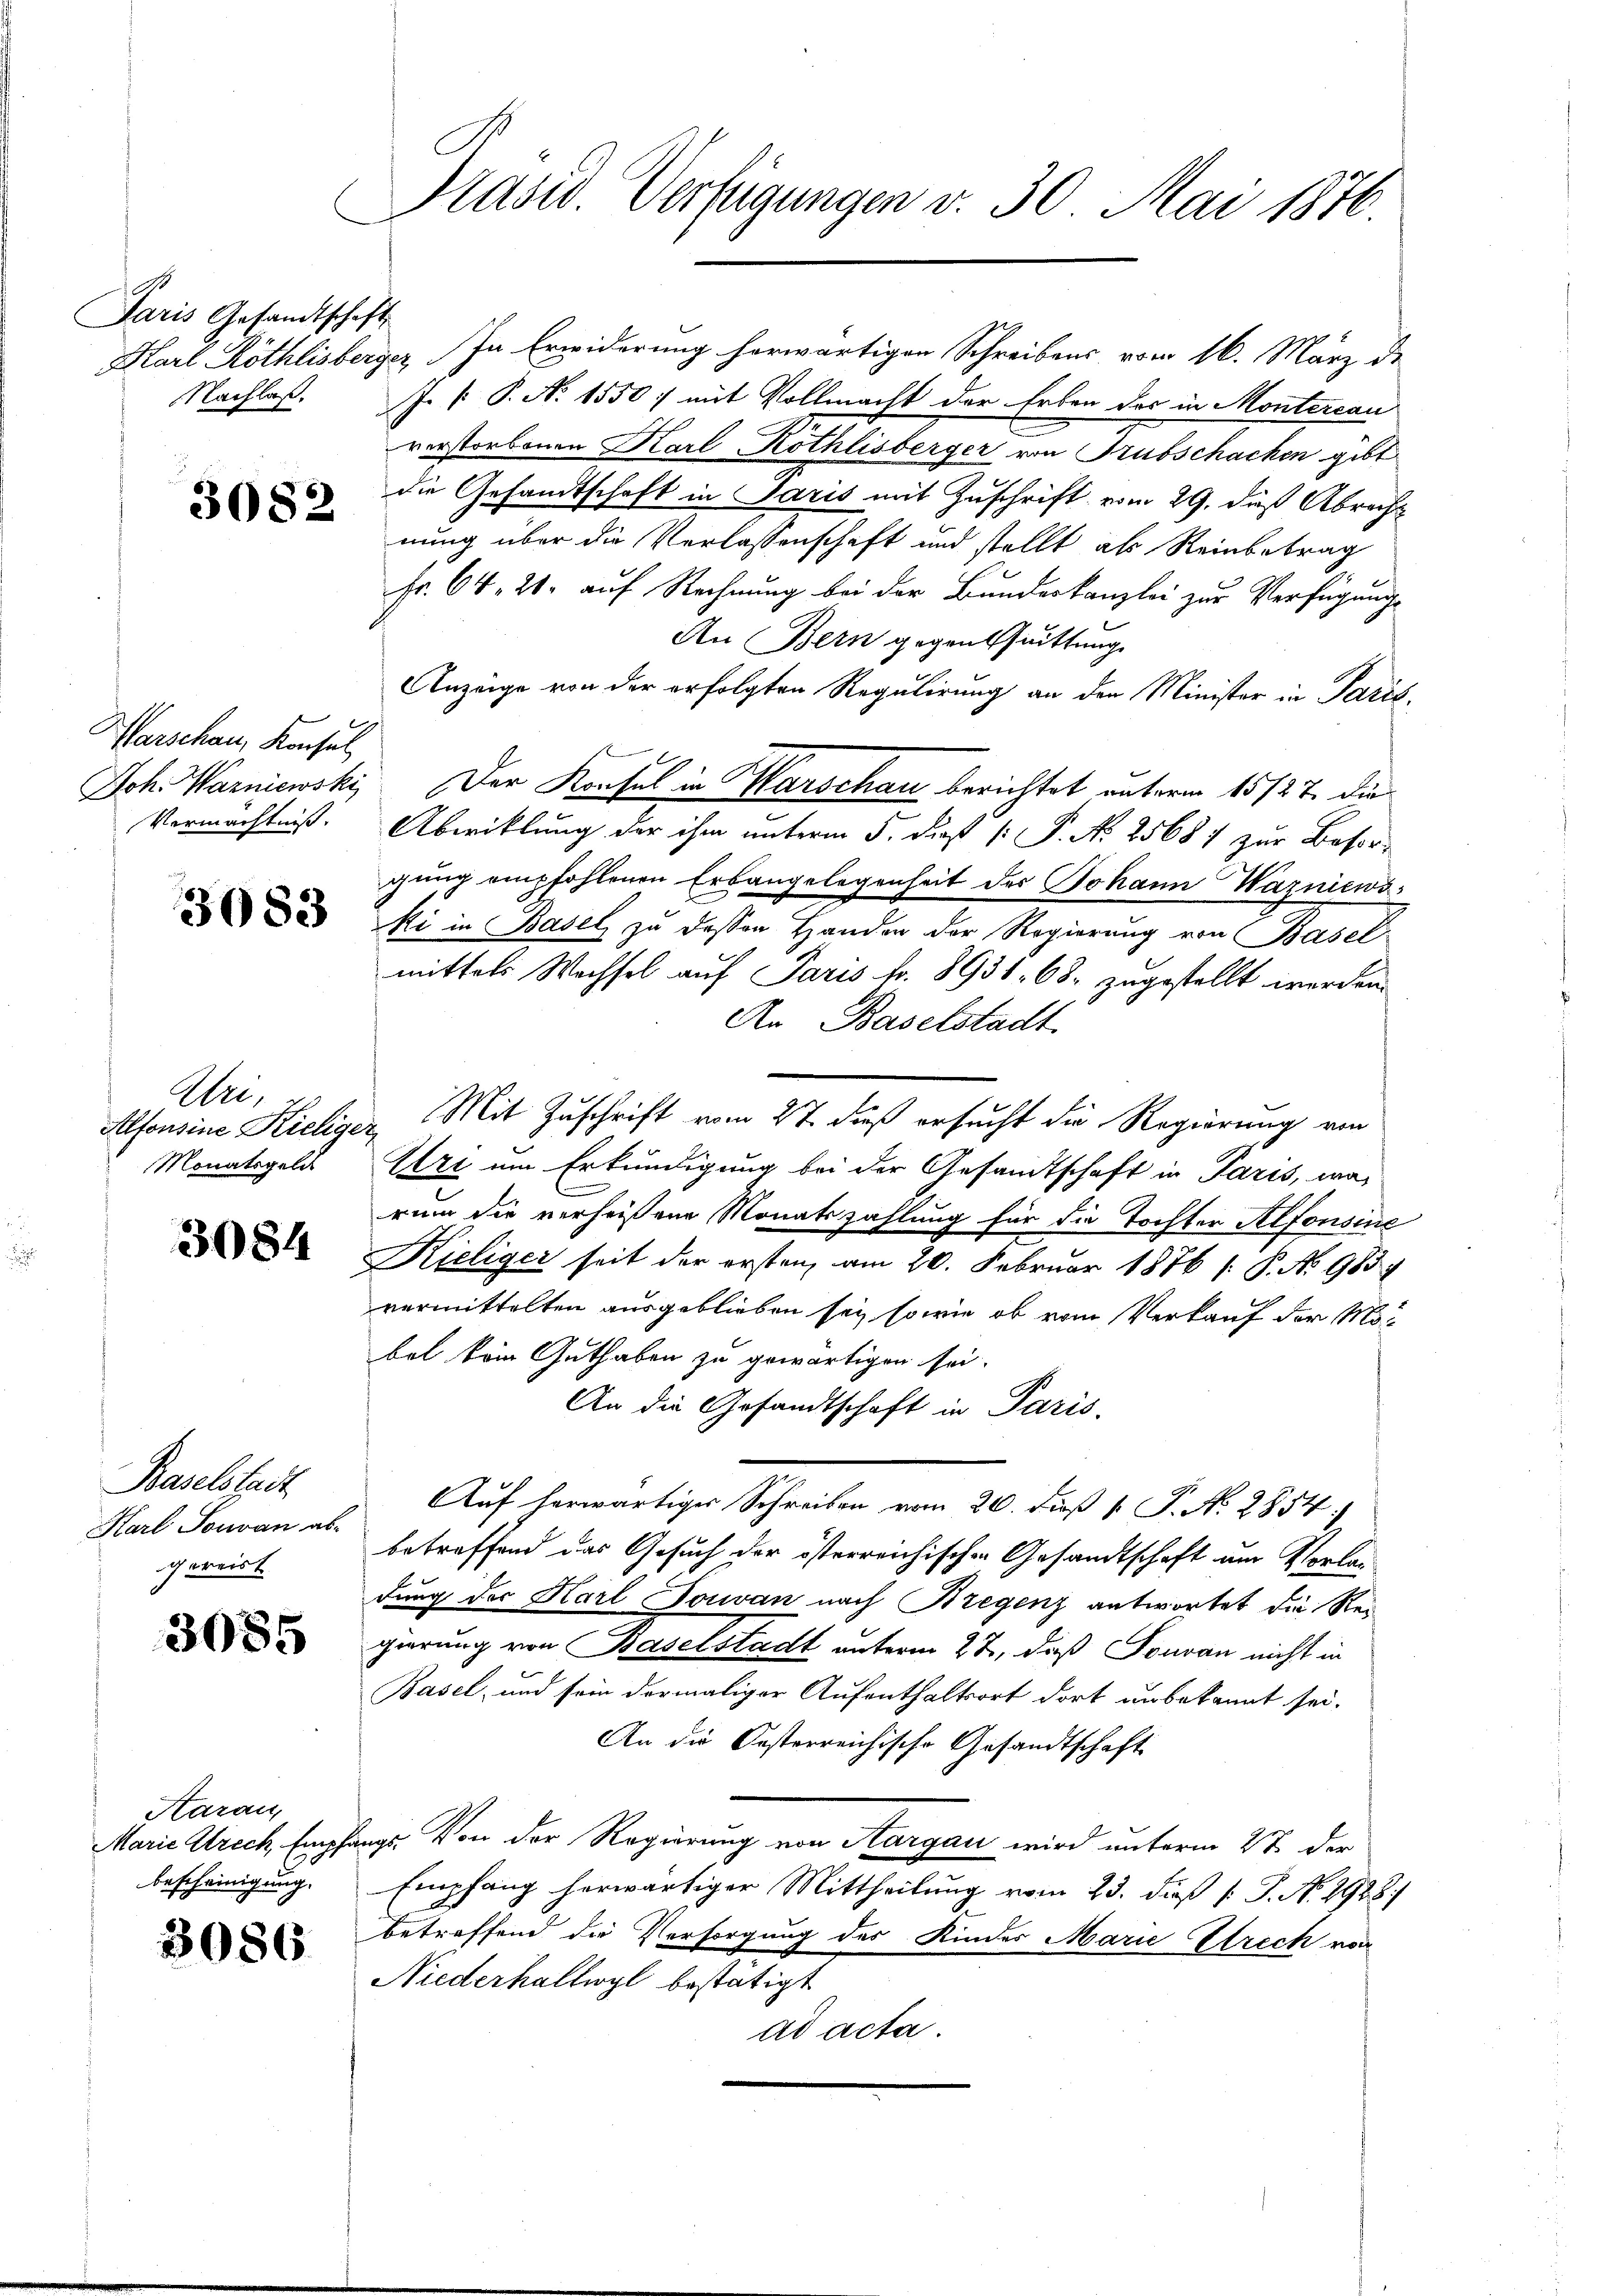
1
Paris Gesandtschaft

3082

Warschau, Konsul
Vermächtnis.

3083

Wei
Monatsgeld

3084

Baselstadt
Karl Touvan ab-
gereist

3085

Haran,
bescheinigung.

3086

Präsid. Verfügungen v. 30. Mai 1876.

Harl Röthlisberger. In Erwiderung herwärtigen Schreibens vom 16. März de
Nachlaß. J. P. P. N. 1550: mit Vollmacht der Erben das in Montercan
verstorbenen Karl Kothlisberger von Trubschachen gibt
die Gesandtschaft in Paris mit Zuschrift vom 29. dieß Abrecht
nung über die Verlassenschaft und stellt als Reinbetrag
Fr. 64. 21. auf Rechnung bei der Bundeskanzlei zur Verfügung
An Bern gegenthuittung
Anzeige von der erfolgten Regulirung an den Minister in Paris,
Joh. Warniewski, Der Konsul in Marschau berichtet unterm 15/27. die
Abwicklung der ihm unterm 5. daß [ P. No 25687 zur Besorgung empfohlenen Erbangelegenheit des Johann Wagnienski in Basel zu dessen Handen der Regierung von Basel
mittels Wechsel auf Paris fr. 8931. 68. zugestellt worden.
An Baselstadt
Alfonsine Kieliger Mit Zuschrift vom 27. dieß ersucht die Regierung von
Uri um Erkundigung bei der Gesandtschaft in Paris, was
rum die verheißene Monatszahlung für die Tochter Alfonsine
Kieliger seit der ersten am 20. Februar 1876 (: P. No 983
vermittelten ausgeblieben sey, so wie ob vom Verkauf der Mo-
bol kein Guthaben zu gewärtigen sei.
An die Gesandtschaft in Paris,
Auf herwärtiger Schreiben vom 20. daß 1. P. No 2854:
betreffend das Gesuch der österreichischen Gesandtschaft um Vorlag
dung der Karl Touvan nach Bregenz antwortet die Rei
gierung von Baselstadt unterm 22. daß Fouran nicht in
Basel, und sein dermaliger Aufenthaltsort dort unbekannt sei.
An die Oesterreichische Gesandtschaft
Marie Strech Empfangs. Von der Regierung von Aargau wird unterm 2t der
Empfang herwärtiger Mittheilung vom 23. dieß [ P. No. 2928)
betreffend die Versorgung des Kindes Marie Streck von
Niederhaltwyl bestätigt
ad acta.